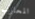
المحارب